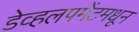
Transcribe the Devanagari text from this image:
डेव्हलपमेंटमधून